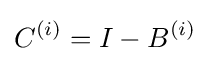
C^{(i)}=I-B^{(i)}